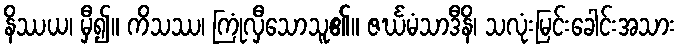
နိဿယ၊ မှီ၍။ ကိသဿ၊ ကြုံလှီသောသူ၏။ ဇင်္ဃမံသာဒီနိ၊ သလုံးမြင်းခေါင်းအသား